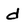
Character: d